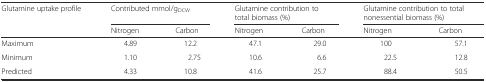
<table><thead><tr><td rowspan="2"><b>Glutamine uptake profile</b></td><td colspan="2"><b>Contributed mmol/g<sub>DCW</sub></b></td><td colspan="2"><b>Glutamine contribution to total biomass (%)</b></td><td colspan="2"><b>Glutamine contribution to total nonessential biomass (%)</b></td></tr><tr><td><b>Nitrogen</b></td><td><b>Carbon</b></td><td><b>Nitrogen</b></td><td><b>Carbon</b></td><td><b>Nitrogen</b></td><td><b>Carbon</b></td></tr></thead><tbody><tr><td>Maximum</td><td>4.89</td><td>12.2</td><td>47.1</td><td>29.0</td><td>100</td><td>57.1</td></tr><tr><td>Minimum</td><td>1.10</td><td>2.75</td><td>10.6</td><td>6.6</td><td>22.5</td><td>12.8</td></tr><tr><td>Predicted</td><td>4.33</td><td>10.8</td><td>41.6</td><td>25.7</td><td>88.4</td><td>50.5</td></tr></tbody></table>